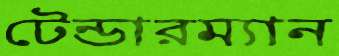
টেন্ডারম্যান